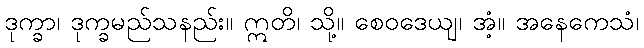
ဒုက္ခာ၊ ဒုက္ခမည်သနည်း။ ဣတိ၊ သို့။ စေဝဒေယျ၊ အံ့။ အနေကေသံ၊